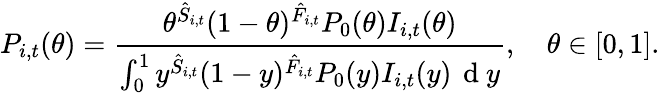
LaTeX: P_{i,t}(\theta)=\frac{\theta^{\hat{S}_{i,t}}(1-\theta)^{\hat{F}_{i,t}}P_{0}(\theta)I_{i,t}(\theta)}{\int_{0}^{1}y^{\hat{S}_{i,t}}(1-y)^{\hat{F}_{i,t}}P_{0}(y)I_{i,t}(y)\, \mathrm{~d~}y},\quad\theta\in[0,1].